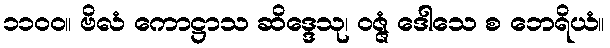
၁၁၀၀။ ဗိလံ ကောဋ္ဌာသ ဆိဒ္ဒေသု၊ ဝဇ္ဇံ ဒေါသေ စ ဘေရိယံ။